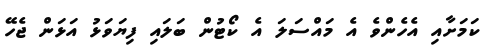
ކަމަށާއި އެހެންވެ އެ މައްސަލަ އެ ކޯޓުން ބަލައި ފިޔަވަޅު އަޅަން ޖެހޭ